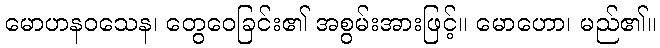
မောဟနဝသေန၊ တွေဝေခြင်း၏ အစွမ်းအားဖြင့်။ မောဟော၊ မည်၏။